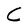
Character: C